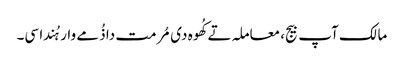
مالک آپ بیج، معاملہ تے کُھوہ دی مُرمت دا ذُمے وار ہُندا سی۔